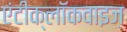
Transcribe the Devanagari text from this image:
एंटीक्लॉकवाइज़